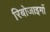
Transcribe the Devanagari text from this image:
रिबोजाइमों